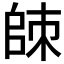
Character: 𰀮